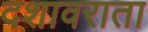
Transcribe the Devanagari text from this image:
दशावराता